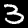
Label: 3